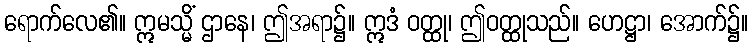
ရောက်လေ၏။ ဣမသ္မိံ ဌာနေ၊ ဤအရာ၌။ ဣဒံ ဝတ္ထု၊ ဤဝတ္ထုသည်။ ဟေဋ္ဌာ၊ အောက်၌။